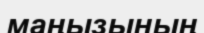
маңызының